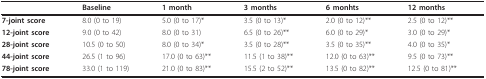
|  | Baseline | 1 month | 3 months | 6 monhts | 12 months |
 | --- | --- | --- | --- | --- | --- |
 | 7-joint score | 8.0 (0 to 19) | 5.0 (0 to 17)* | 3.5 (0 to 13)* | 2.0 (0 to 12)** | 2.5 (0 to 12)** |
 | 12-joint score | 9.0 (0 to 42) | 8.0 (0 to 31) | 6.5 (0 to 26)** | 6.0 (0 to 29)* | 3.0 (0 to 29)* |
 | 28-joint score | 10.5 (0 to 50) | 8.0 (0 to 34)* | 3.5 (0 to 28)** | 3.5 (0 to 35)** | 4.0 (0 to 35)* |
 | 44-joint score | 26.5 (1 to 96) | 17.0 (0 to 63)** | 11.5 (1 to 38)** | 12.0 (0 to 63)** | 9.5 (0 to 73)** |
 | 78-joint score | 33.0 (1 to 119) | 21.0 (0 to 83)** | 15.5 (2 to 52)** | 13.5 (0 to 82)** | 12.5 (0 to 81)** |